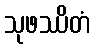
သုဖဿိတံ